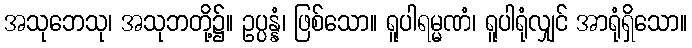
အသုဘေသု၊ အသုဘတို့၌။ ဥပ္ပန္နံ၊ ဖြစ်သော။ ရူပါရမ္မဏံ၊ ရူပါရုံလျှင် အာရုံရှိသော။